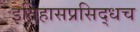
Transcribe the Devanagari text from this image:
इतिहासप्रसिद्धच